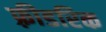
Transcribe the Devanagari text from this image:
फ़्रीडरिक